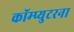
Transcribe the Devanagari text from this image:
कॉम्प्युटरना